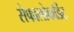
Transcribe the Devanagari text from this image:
सेफालोकॉर्डेट